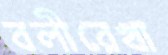
বলীরেখা